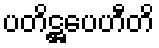
ပတိဋ္ဌပေဟီတိ